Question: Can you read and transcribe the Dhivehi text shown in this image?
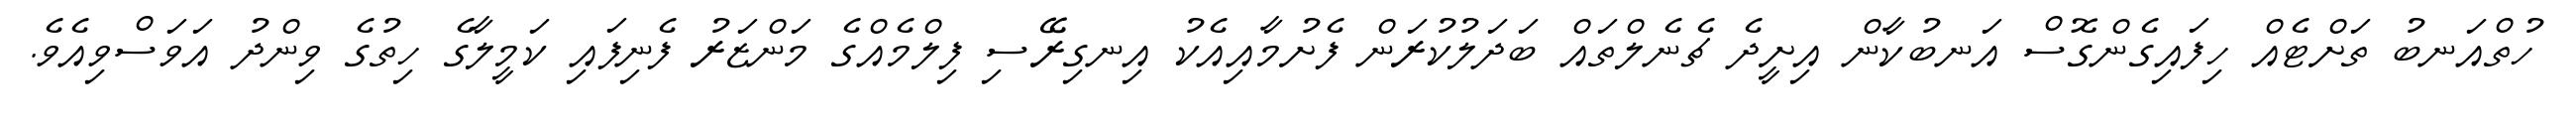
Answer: ހުތްއަނބު ތަށްޓެއް ހިފައިގެންގޮސް އަނބުކާން އިށީދެ ޗެނެލްތައް ބަދަލުކުރަން ފެށުމާއިއެކު އިނގިރޭސި ފިލްމެއްގެ މަންޒަރު ފެނިފައި ކަމީލާގެ ހިތުގެ ވިންދު އަވަސްވިއެވެ.